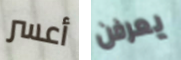
أعسر يعرفن